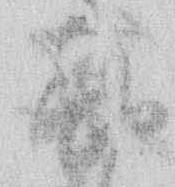
勘